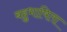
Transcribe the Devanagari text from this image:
बहुभाषिता